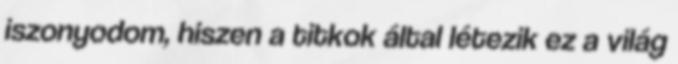
iszonyodom, hiszen a titkok által létezik ez a világ